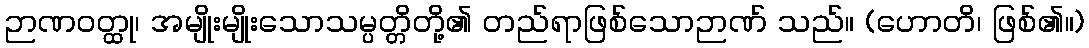
ဉာဏဝတ္ထု၊ အမျိုးမျိုးသောသမ္ပတ္တိတို့၏ တည်ရာဖြစ်သောဉာဏ် သည်။ (ဟောတိ၊ ဖြစ်၏။)